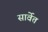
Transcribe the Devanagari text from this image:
सार्वेत